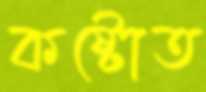
কষ্টোত